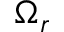
\Omega _ { r }